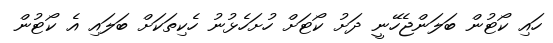
ހައި ކޯޓުން ބަލަންޖެހޭނީ ދަށު ކޯޓަށް ހުށަހެޅުނު ހެކިތަކަށް ބަލައި އެ ކޯޓުން